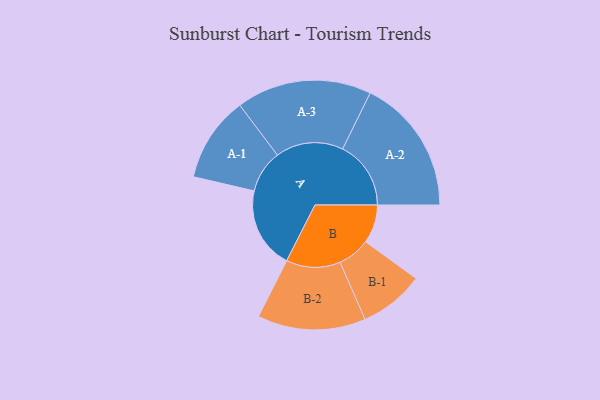
{"axis": {"x": "Segment", "y": "Value"}, "legend": ["", "A", "B"], "data": [{"x": "A", "y": 271, "type": ""}, {"x": "B", "y": 128, "type": ""}, {"x": "A-1", "y": 142, "type": "A"}, {"x": "A-2", "y": 227, "type": "A"}, {"x": "A-3", "y": 225, "type": "A"}, {"x": "B-1", "y": 108, "type": "B"}, {"x": "B-2", "y": 180, "type": "B"}]}